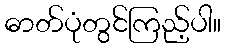
ဓာတ်ပုံတွင်ကြည့်ပါ။